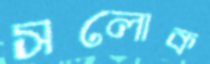
সলোক